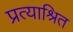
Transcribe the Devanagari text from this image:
प्रत्याश्रित